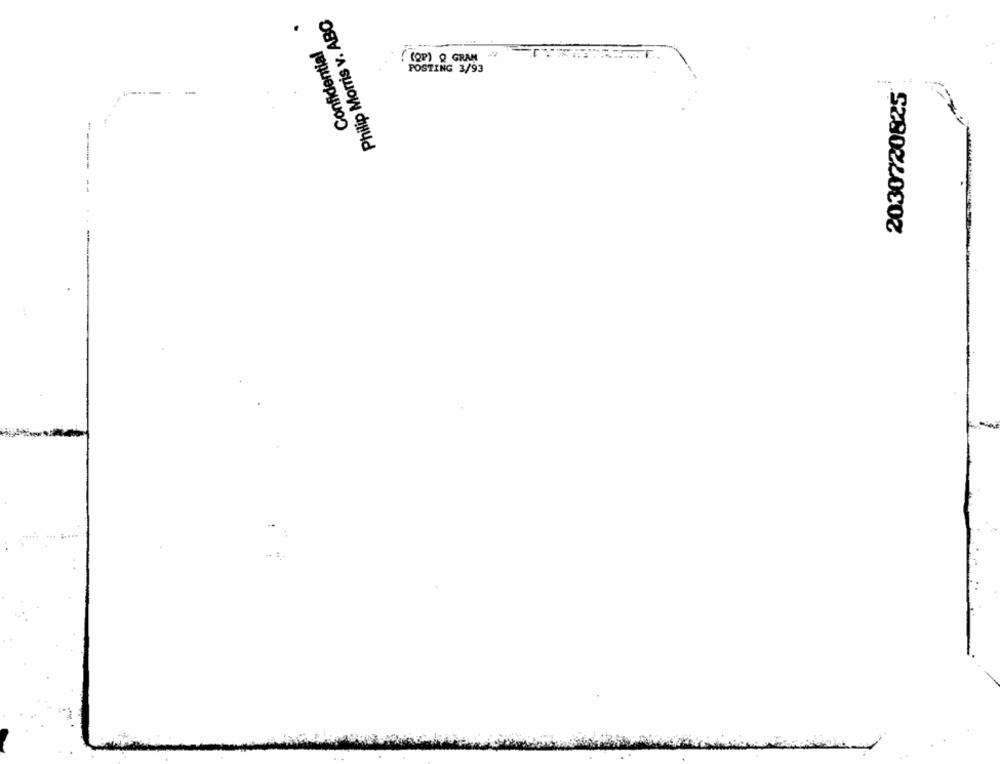
Philip Morris v. ABO
Confidential
(OP) Q GRAN
POSTING 3/93
2030720825
-
: